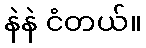
နဲနဲ ငံတယ်။